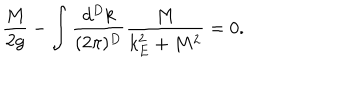
\frac { M } { 2 g } - \int \frac { d ^ { D } k } { ( 2 \pi ) ^ { D } } \frac { M } { k _ { E } ^ { 2 } + M ^ { 2 } } = 0 .